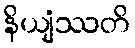
နိယျံဿတိ